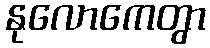
နုလောကေတွာ